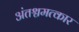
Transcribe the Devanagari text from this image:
अंतश्चमत्कार